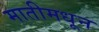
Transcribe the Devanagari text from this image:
मातीमधून